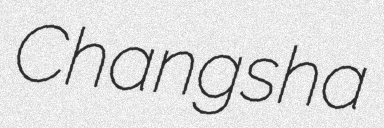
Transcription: Changsha